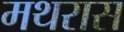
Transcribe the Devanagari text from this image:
मथरास